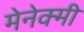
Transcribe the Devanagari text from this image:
मेनेक्मी